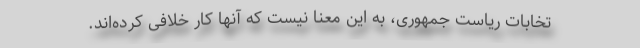
تخابات ریاست جمهوری، به این معنا نیست که آنها کار خلافی کرده‌اند.